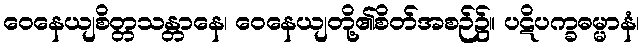
ဝေနေယျစိတ္တသန္တာနေ၊ ဝေနေယျတို့၏စိတ်အစဉ်၌။ ပဋိပက္ခဓမ္မာနံ၊